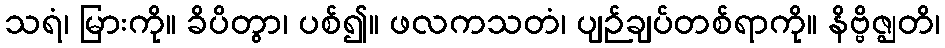
သရံ၊ မြားကို။ ခိပိတွာ၊ ပစ်၍။ ဖလကသတံ၊ ပျဉ်ချပ်တစ်ရာကို။ နိဗ္ဗိဇ္ဈတိ၊